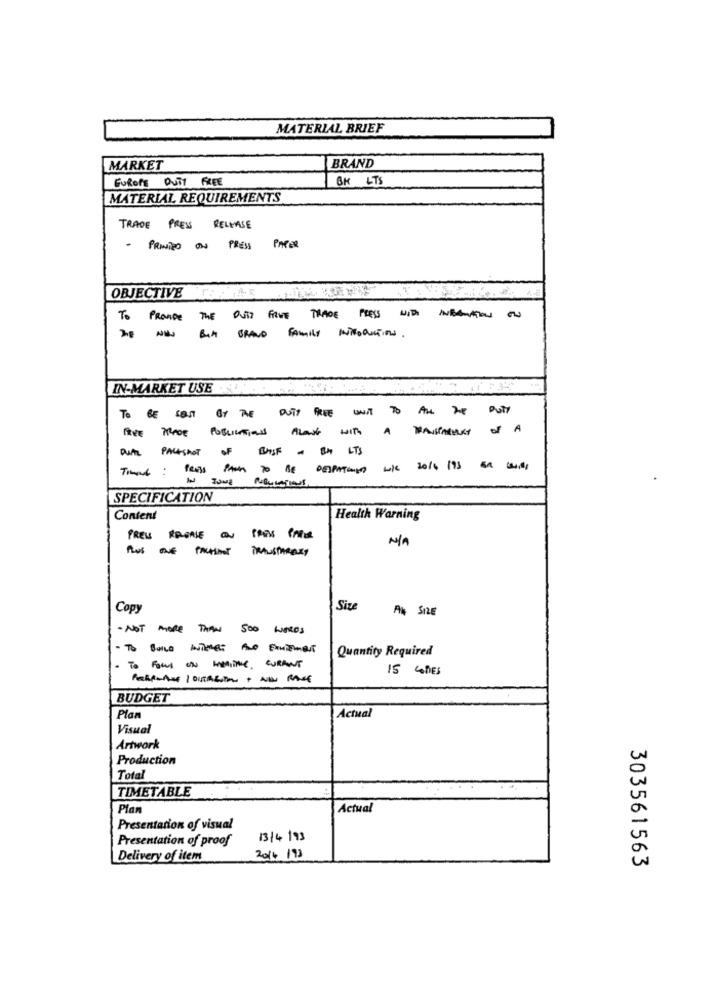
MATERIAL BRIEF
MARKET
BRAND
EUROPE DUTY FREE
BK LTS
MATERIAL REQUIREMENTS
TRADE PRESS RELEASE
- PRIMITO ON PRESS PAPER
OBJECTIVE CESAR
TO PROVIDE THE DUTY FREE TRADE PRESS NIDS NBUTON ON
But BRAVO FAMILY INTRODUCTIONS.
IN-MARKET USE
TO BE SENT BY THE DUTY FREE WIT TO ALL THE DUTY
FREE TRADE PUBLICATIONS ALONG WITH A TRANSPARENCY OF A
DUAL PACKSHOT OF BASE - BH LTS
PRESS PARK TO BE DESPATCHED WOK 2016 193 En weg
SPECIFICATION
Content
Health Warning
PRES REGALE ON PRES PARLE
PLUS ONE PALASMOT
TRANSTARARY
Copy
Size
At SIZE
- NOT MORE THAN 500 WORDS
Quantity Required
TO FORM ON MITTE, CURANT
15 LADIES
BUDGET
Plan
Actual
Visual
Artwork
Production
Total
TIMETABLE
Plan
Actual
Presentation of visual
Presentation of proof
13/4/93
Delivery of item
2016 193
303561563